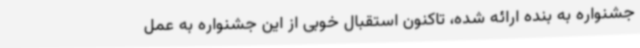
جشنواره به بنده ارائه شده، تاکنون استقبال خوبی از این جشنواره به عمل